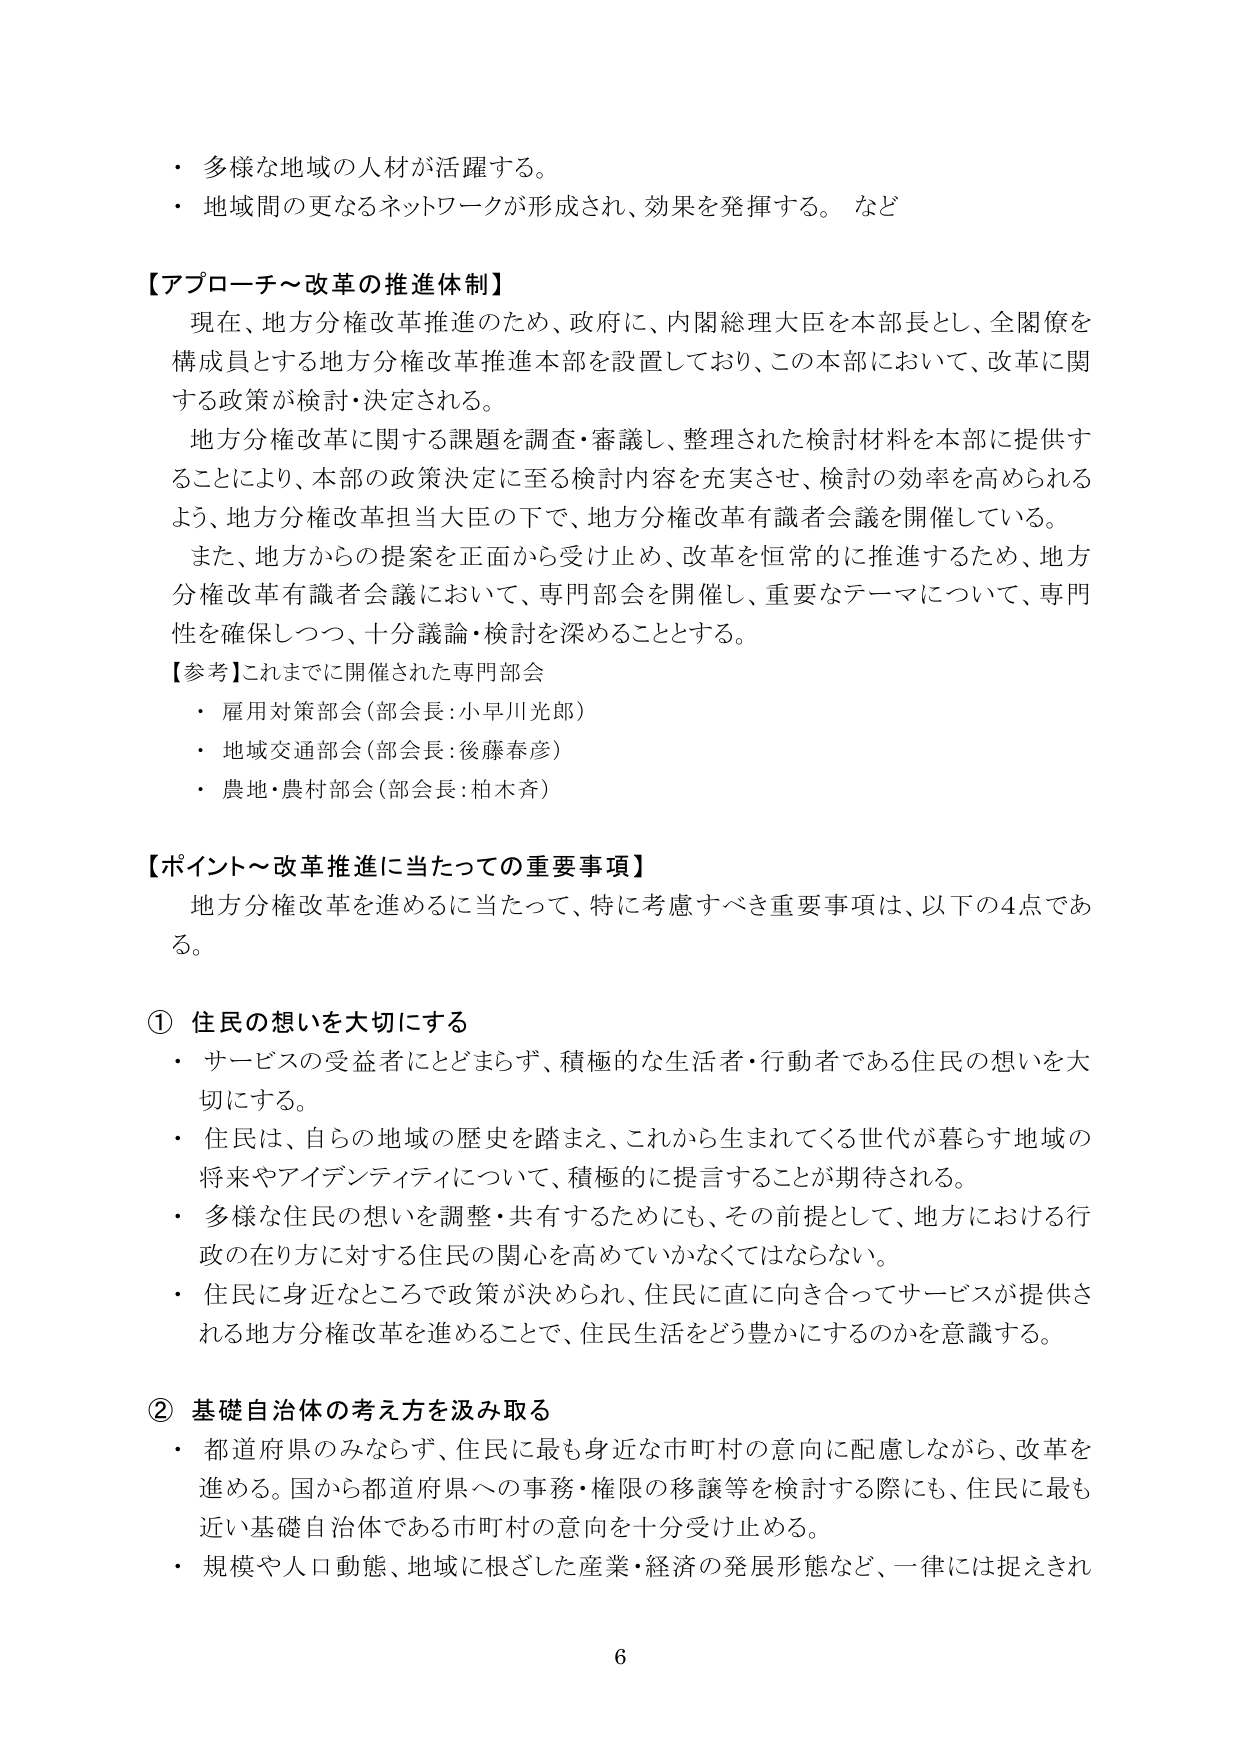
・多様な地域の人材が活躍する。
・地域間の更なるネットワークが形成され、効果を発揮する。 など

【アプローチ～改革の推進体制】
現在、地方分権改革推進のため、政府に、内閣総理大臣を本部長とし、全閣僚を構成員とする地方分権改革推進本部を設置しており、この本部において、改革に関する政策が検討・決定される。
地方分権改革に関する課題を調査・審議し、整理された検討材料を本部に提供することにより、本部の政策決定に至る検討内容を充実させ、検討の効率を高められるよう、地方分権改革担当大臣の下で、地方分権改革有識者会議を開催している。
また、地方からの提案を正面から受け止め、改革を恒常的に推進するため、地方分権改革有識者会議において、専門部会を開催し、重要なテーマについて、専門性を確保しつつ、十分議論・検討を深めることとする。

【参考】これまでに開催された専門部会
・雇用対策部会（部会長：小早川光郎）
・地域交通部会（部会長：後藤春彦）
・農地・農村部会（部会長：柏木斉）

【ポイント～改革推進に当たっての重要事項】
地方分権改革を進めるに当たって、特に考慮すべき重要事項は、以下の4点である。

① 住民の想いを大切にする
・サービスの受益者にとどまらず、積極的な生活者・行動者である住民の想いを大切にする。
・住民は、自らの地域の歴史を踏まえ、これから生まれてくる世代が暮らす地域の将来やアイデンティティについて、積極的に提言することが期待される。
・多様な住民の想いを調整・共有するためにも、その前提として、地方における行政の在り方に対する住民の関心を高めていかなくてはならない。
・住民に身近なところで政策が決められ、住民に直に向き合ってサービスが提供される地方分権改革を進めることで、住民生活をどう豊かにするのかを意識する。

② 基礎自治体の考え方を汲み取る
・都道府県のみならず、住民に最も身近な市町村の意向に配慮しながら、改革を進める。国から都道府県への事務・権限の移譲等を検討する際にも、住民に最も近い基礎自治体である市町村の意向を十分受け止める。
・規模や人口動態、地域に根ざした産業・経済の発展形態など、一律には捉えきれ

6